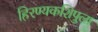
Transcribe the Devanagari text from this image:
हिरण्यकशिपुला